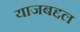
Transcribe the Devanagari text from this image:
याजबद्दल